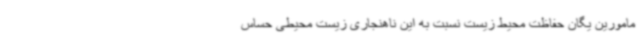
مامورین یگان حفاظت محیط زیست نسبت به این ناهنجاری زیست محیطی حساس